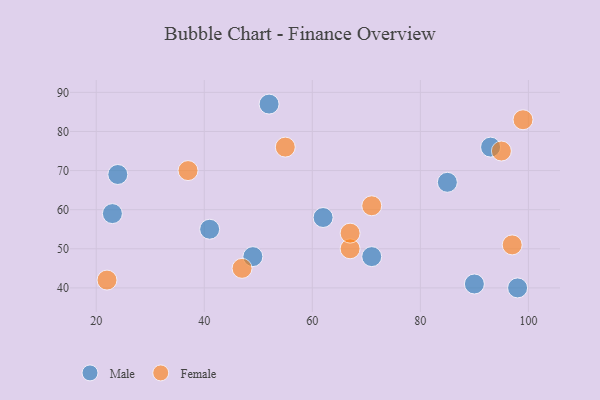
{"axis": {"x": "GDP", "y": "Life Expectancy"}, "legend": ["Female", "Male"], "data": [{"x": "49", "y": 48, "type": "Male"}, {"x": "93", "y": 76, "type": "Male"}, {"x": "62", "y": 58, "type": "Male"}, {"x": "98", "y": 40, "type": "Male"}, {"x": "52", "y": 87, "type": "Male"}, {"x": "24", "y": 69, "type": "Male"}, {"x": "23", "y": 59, "type": "Male"}, {"x": "90", "y": 41, "type": "Male"}, {"x": "41", "y": 55, "type": "Male"}, {"x": "71", "y": 48, "type": "Male"}, {"x": "85", "y": 67, "type": "Male"}, {"x": "55", "y": 76, "type": "Female"}, {"x": "22", "y": 42, "type": "Female"}, {"x": "99", "y": 83, "type": "Female"}, {"x": "97", "y": 51, "type": "Female"}, {"x": "67", "y": 50, "type": "Female"}, {"x": "47", "y": 45, "type": "Female"}, {"x": "71", "y": 61, "type": "Female"}, {"x": "67", "y": 54, "type": "Female"}, {"x": "37", "y": 70, "type": "Female"}, {"x": "95", "y": 75, "type": "Female"}]}